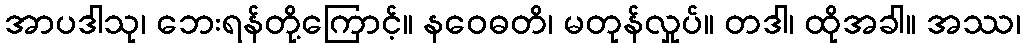
အာပဒါသု၊ ဘေးရန်တို့ကြောင့်။ နဝေဓတိ၊ မတုန်လှုပ်။ တဒါ၊ ထိုအခါ။ အဿ၊